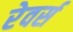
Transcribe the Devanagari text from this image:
रेवर्स